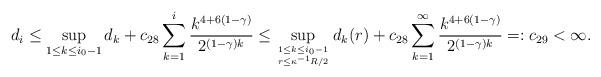
LaTeX: \begin{align*} d_i& \leq \sup_{1\leq k\leq i_0-1} d_k+ c_{28} \sum_{k=1}^i\frac{ k^{4+6(1-\gamma )} }{ 2^{(1-\gamma )k}} \leq \sup_{1\leq k\leq i_0-1\atop r \le \kappa^{-1} R/2} d_k(r)+ c_{28} \sum_{k=1}^{\infty} \frac{ k^{4+6(1-\gamma )} }{ 2^{(1-\gamma )k}}=:c_{29} <\infty. \end{align*}